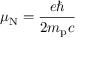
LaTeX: \mu _ { \mathrm { N } } = { \frac { e \hbar } { 2 m _ { \mathrm { p } } c } }